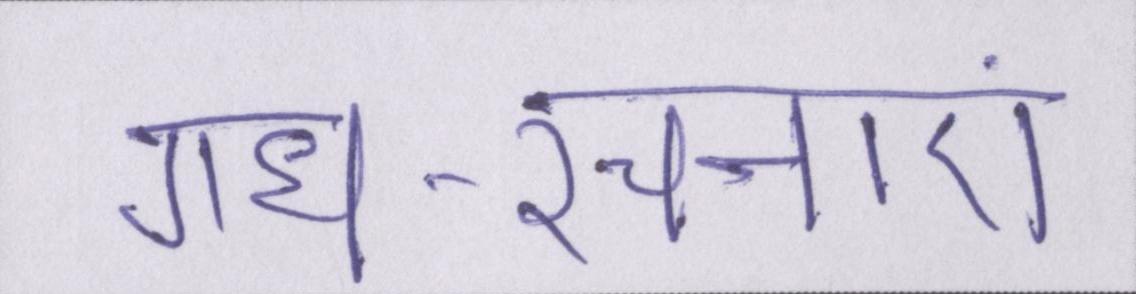
गध-रचनाएं